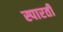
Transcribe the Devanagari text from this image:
स्पारती